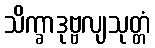
သိက္ခာဒုဗ္ဗလျသုတ္တံ